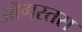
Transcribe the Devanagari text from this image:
ऑगस्तस